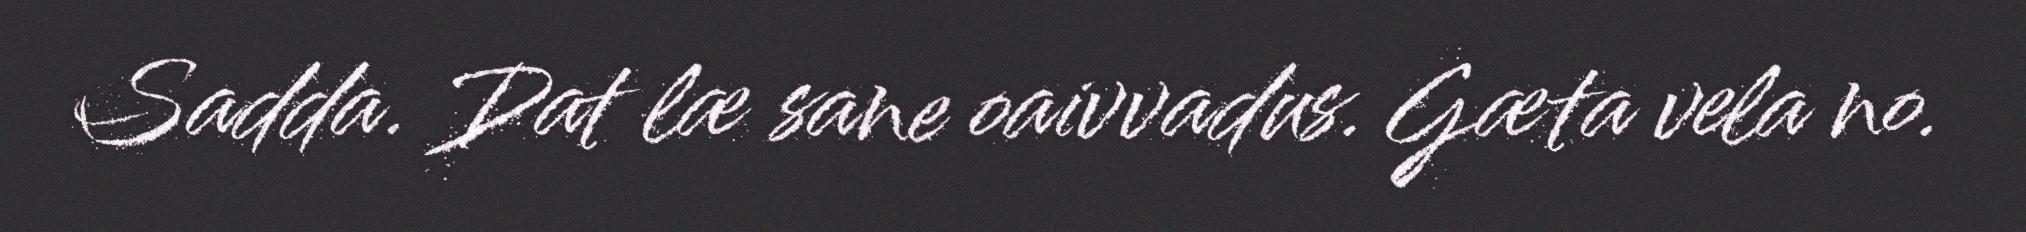
Sadda. Dat læ sane oaivvadus. Gæta vela no.